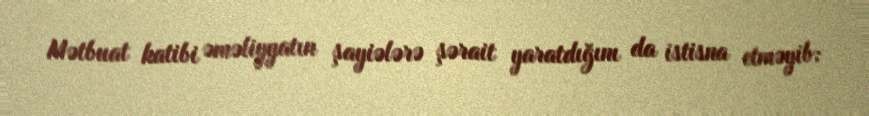
Mətbuat katibi əməliyyatın şayiələrə şərait yaratdığını da istisna etməyib: